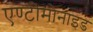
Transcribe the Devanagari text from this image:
एण्टीमोनाइड